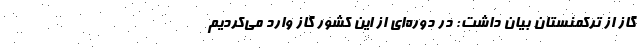
گاز از ترکمنستان بیان داشت: در دوره‌ای از این کشور گاز وارد می‌کردیم